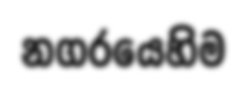
නගරයෙහිම